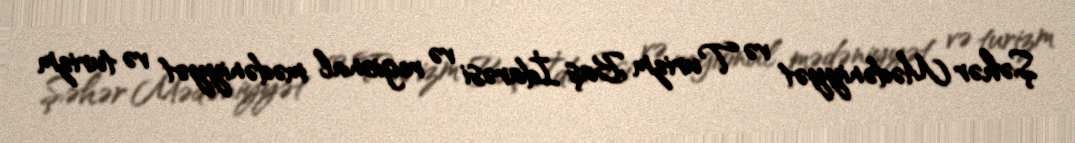
Şəhər Mədəniyyət və Turizm Baş İdarəsi və regional mədəniyyət və turizm